Problem: 2 × 3 = ?
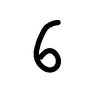
Handwritten answer: 6